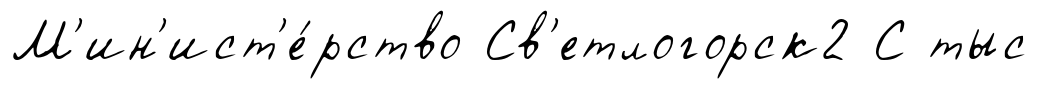
М'ин'ист'е́рство Св'етлогорск2 С тыс